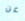
عن